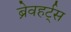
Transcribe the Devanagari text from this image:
ब्रेवहर्ट्स